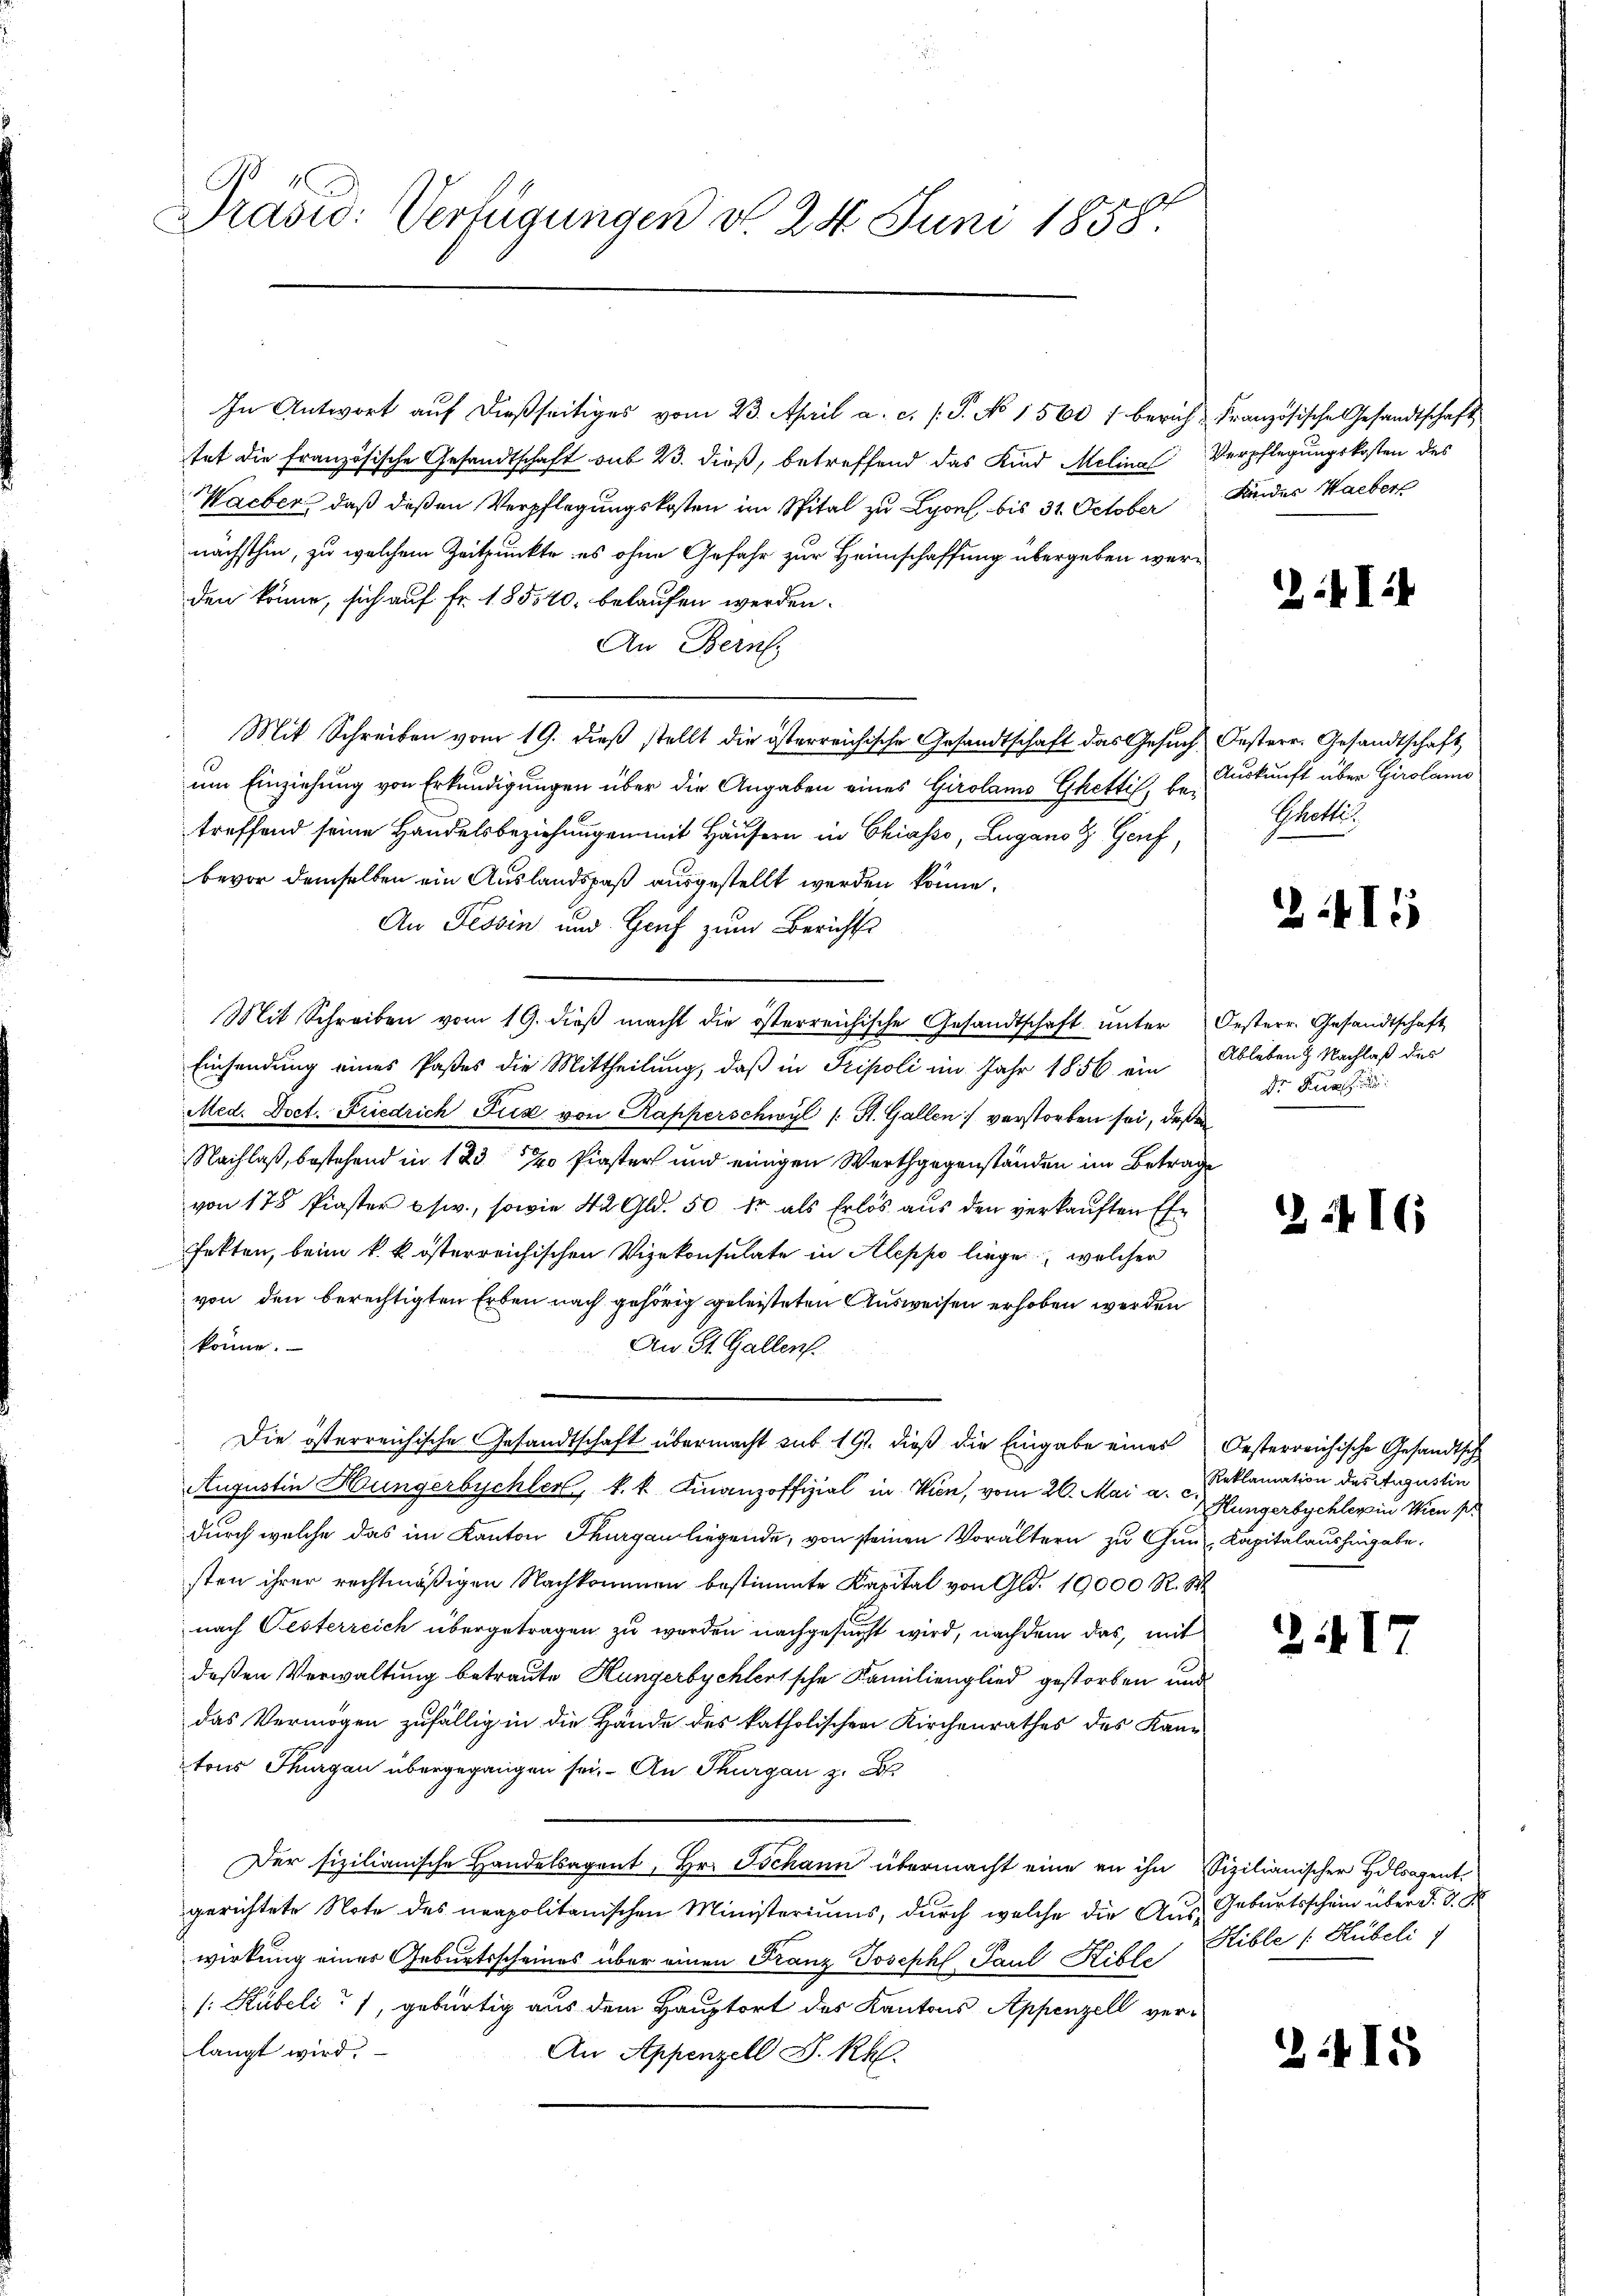
Præsid: Verfügungen d. 24. Juni 1858.

In Antwort aŭf dießseitiges vom 23. April a. c. (T. No 1560 / berich Französische Gesandtschaft,
tet die französische Gesandtschaft sub 23. dieß, betreffend das Kind Melina Verpflegungskosten des
Wacber, daß deßen Verpflegungskosten im Spital zu Lyon bis 31. October Kinder Haeber
nächsthin, zu welchem Zeitpunkte es ohne Gefahr zur Heimschaffung übergeben werden könne, sich auf Fr. 185,40 belaufen werden.
An Bern,
Mit Schreiben vom 19. dieß stellt die österreichische Gesandtschaft das Gesuch Oesterr. Gesandtschaft
um Einziehung von Erkundigungen über die Angaben eines Girolamo Ghetti, betreffend seine Handelsbeziehungen mit Häusern in Chiasso, Lugano H. Genf,
bevor demselben ein Auslandspaß ausgestellt werden könne.
An Tessin und Genf zum Berichts
Mit Schreiben vom 19. dieβ macht die österreichische Gesandtschaft ŭnter Oesterr. Gesandtschaft
Einsendung eines Paßes die Mittheilung, daß in Pripoli im Jahr 1856 ein Ableben & Nachlaß der
Med. Doct. Fiedrich Fux von Kapperschwyl (: St. Gallen verstorben sei, deßen
Nachlaß, bestehend in 1237 Piaster und einigen Werthgegenständen im Betrage
von 178 Piaster usw., sowie 42 Gld. 50 kr als Erlös aus den verkauften Ehe
fekten, beim k. k. österreichischen Vizekonsulate in Aleppo liege, welcher
von den berechtigten Erben nach gehörig geleisteten Ausweisen erhoben werden
könne.
An St. Gallen.
Die österreichische Gesandtschaft übermacht sub 19. dieß die Eingabe eines Oesterreichische Gesandtsch
Augustin Hungerbüchler, k. k. Finanzoffizial in Wien, vom 26. Mai a. Reklamation des Augustin
durch welche das im Kanton Thurgau liegende, von seinen Vorältern zu Gunz, Kapitalaushingabe.
sten ihrer rechtmäßigen Nachkommen bestimmte Kapital von Gld. 19000 R. 84
nach Oesterreich übergetragen zu werden nachgesucht wird, nachdem das, mit
deßen Verwaltung betraute Hungerbychlertsche Familienglied gestorben und
das Vermögen zufällig in die Hände des katholischen Kirchenrathes des Kantons Thurgau übergegangen sei. - An Thurgau zu
Der sizilianische Handelsagent, Hr. Tschann übermacht eine an ihn Sizilianischer Holsagentgerichtete Note des neapolitanischen Ministeriums, durch welche die Aus Geburtsschein über d. d. d
wirkung einer Geburtsscheines über einen Franz Joseph Paul Hible
[: Kübeli, gebürtig aus dem Hauptort des Kantons Appenzell verlangt wird.
An Appenzell S. Rh.

2:4I

Auskunft über Girolamo
Schotti

2415

Dr. Fer

216

Hungerbychlers in Wien pr

1347

Hible (: Hübeli

2.415